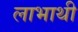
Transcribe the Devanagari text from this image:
लाभाथी